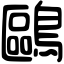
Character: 鷗